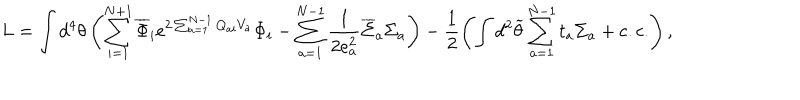
LaTeX: L = \int d ^ { 4 } \theta \left( \sum _ { i = 1 } ^ { N + 1 } \overline { { { \Phi } } } _ { i } e ^ { 2 \sum _ { a = 1 } ^ { N - 1 } Q _ { a i } V _ { a } } \Phi _ { i } - \sum _ { a = 1 } ^ { N - 1 } \frac { 1 } { 2 e _ { a } ^ { 2 } } \overline { { { \Sigma } } } _ { a } \Sigma _ { a } \right) - \frac { 1 } { 2 } \left( \int d ^ { 2 } \widetilde { \theta } \sum _ { a = 1 } ^ { N - 1 } t _ { a } \Sigma _ { a } + \mathrm { c . c . } \right) ,